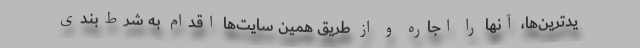
یدترین‌ها، آنها را اجاره و از طریق همین سایت‌ها اقدام به شرط‌بندی